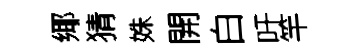
鄊猜姝開白吁竿